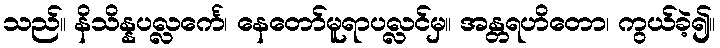
သည်။ နိသိန္နပလ္လင်္ကေ၊ နေတော်မူရာပလ္လင်မှ။ အန္တရဟိတော၊ ကွယ်ခဲ့၍။